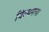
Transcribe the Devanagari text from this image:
विल्यमचा